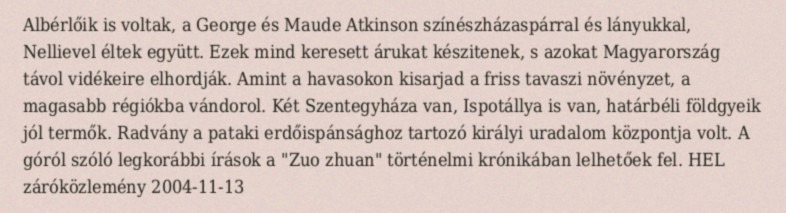
Albérlőik is voltak, a George és Maude Atkinson színészházaspárral és lányukkal, Nellievel éltek együtt. Ezek mind keresett árukat készitenek, s azokat Magyarország távol vidékeire elhordják. Amint a havasokon kisarjad a friss tavaszi növényzet, a magasabb régiókba vándorol. Két Szentegyháza van, Ispotállya is van, határbéli földgyeik jól termők. Radvány a pataki erdőispánsághoz tartozó királyi uradalom központja volt. A góról szóló legkorábbi írások a "Zuo zhuan" történelmi krónikában lelhetőek fel. HEL záróközlemény 2004-11-13